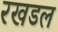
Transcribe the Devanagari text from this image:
रखडल